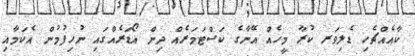
ކާއެއްޗެހި ޑެލިވަރ ކުރާ މީހެއް އޭނާގެ ކަސްޓަމަރެއް ދިން އޯޑަރެއްގައި ނުހިފުމުން އެކަމާއި